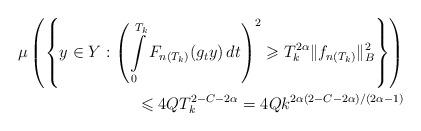
LaTeX: \begin{align*}\mu \left( \left \{ y \in Y: \left(\int\limits_0^{T_k} F_{n(T_k)}(g_t y) \, dt \right)^2 \geqslant T_k^{2\alpha}\| f_{n(T_k)} \|_{B}^2\right\} \right) \\\leqslant 4Q T_k^{2-C-2\alpha} = 4Q k^{2\alpha(2-C-2\alpha)/(2\alpha -1)}\end{align*}